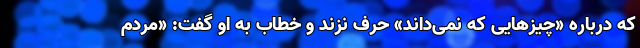
که درباره «چیزهایی که نمی‌داند» حرف نزند و خطاب به او گفت:‌ «مردم